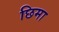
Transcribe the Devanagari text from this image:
छिमा